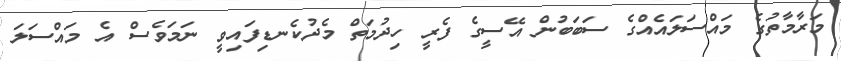
މަރާމާތުގެ މައްސަލައެއްގެ ސަބަބުން އޭސީގެ ފެރީ ހިދުމަތް މެދުކެނޑިފައިވީ ނަމަވެސް އެ މައްސަލަ